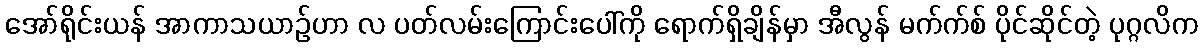
အော်ရိုင်းယန် အာကာသယာဉ်ဟာ လ ပတ်လမ်းကြောင်းပေါ်ကို ရောက်ရှိချိန်မှာ အီလွန် မက်က်စ် ပိုင်ဆိုင်တဲ့ ပုဂ္ဂလိက